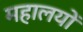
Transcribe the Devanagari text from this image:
महालयों